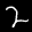
Label: 2